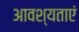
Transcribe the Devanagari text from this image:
आवश्यताएं